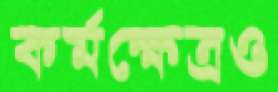
কর্মক্ষেত্রও